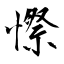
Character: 憏